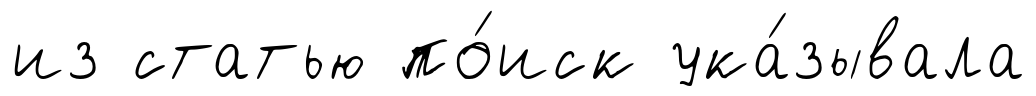
из статью по́иск ука́зывала